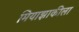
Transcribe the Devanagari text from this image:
मियाझाकीला